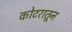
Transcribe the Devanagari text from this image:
कोटरातून